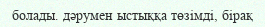
болады. дәрумен ыстыққа төзімді, бірақ